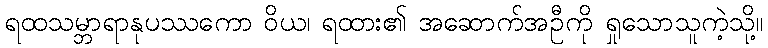
ရထသမ္ဘာရာနုပဿကော ဝိယ၊ ရထား၏ အဆောက်အဦကို ရှုသောသူကဲ့သို့။